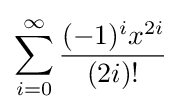
\sum _{i=0}^{\infty }{\frac {(-1)^{i}x^{2i}}{(2i)!}}